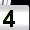
Digit: 4